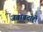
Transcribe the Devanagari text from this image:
जबाबदाही